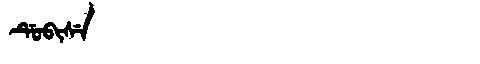
Manchu: ᡩᡠᠪᡳᠰᡝ
Romanization: DUBISE